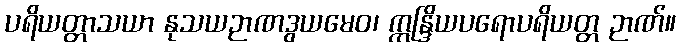
ပရိယတ္တာသယာ နုသယဉာဏဒွယမေဝ၊ ဣန္ဒြိယပရောပရိယတ္တ ဉာဏ်။